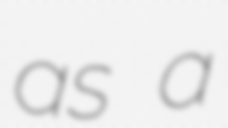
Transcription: as a